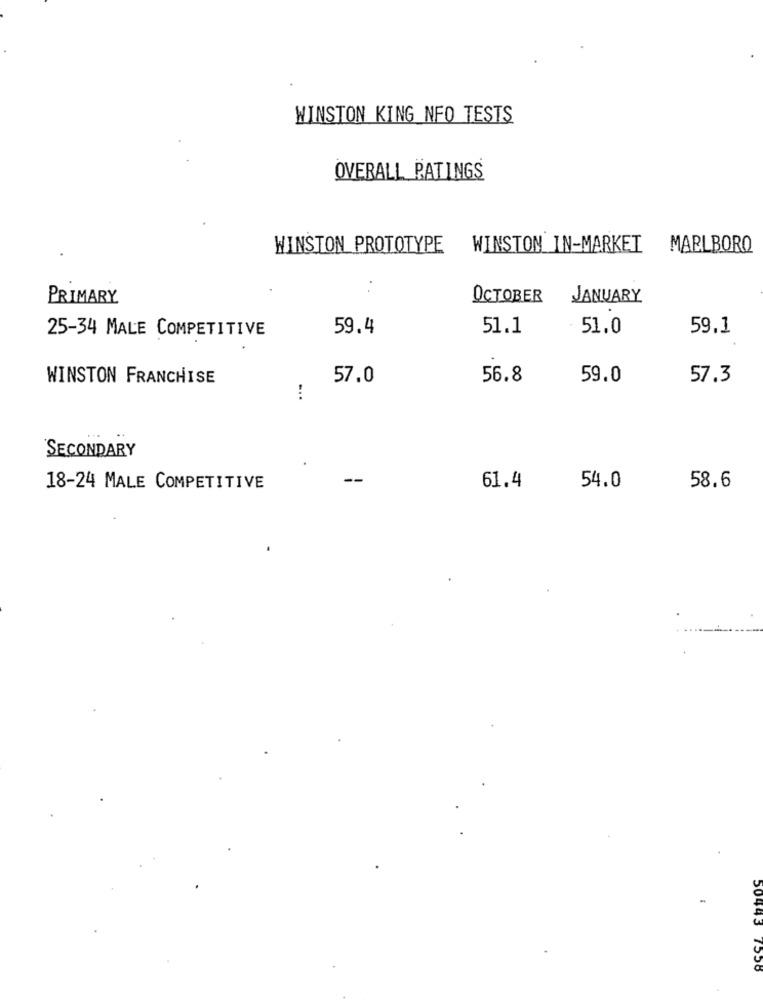
WINSTON KING NFO TESTS
OVERALL PATINGS
WINSTON PROTOTYPE
WINSTON IN-MARKET MARLBORO
PRIMARY
OCTOBER
JANUARY
59.4
51.1
59.1
25-34 MALE COMPETITIVE
51.0
WINSTON FRANCHISE
57.0
56.8
59.0
57.3
...
SECONDARY
18-24 MALE COMPETITIVE
61.4
54.0
58.6
ACCI
50445